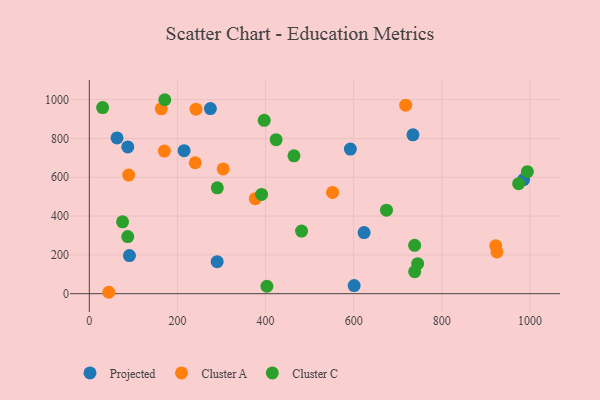
{"axis": {"x": "Speed", "y": "Sales"}, "legend": ["Cluster A", "Cluster C", "Projected"], "data": [{"x": "592.5", "y": 745.2, "type": "Projected"}, {"x": "623.7", "y": 314.8, "type": "Projected"}, {"x": "601.1", "y": 42.0, "type": "Projected"}, {"x": "985.8", "y": 588.1, "type": "Projected"}, {"x": "87.3", "y": 756.4, "type": "Projected"}, {"x": "91.1", "y": 196.6, "type": "Projected"}, {"x": "62.8", "y": 802.9, "type": "Projected"}, {"x": "274.8", "y": 953.9, "type": "Projected"}, {"x": "290.2", "y": 165.0, "type": "Projected"}, {"x": "215.1", "y": 736.9, "type": "Projected"}, {"x": "734.6", "y": 818.6, "type": "Projected"}, {"x": "922.4", "y": 246.5, "type": "Cluster A"}, {"x": "44.2", "y": 7.3, "type": "Cluster A"}, {"x": "163.4", "y": 952.7, "type": "Cluster A"}, {"x": "718.1", "y": 971.6, "type": "Cluster A"}, {"x": "303.8", "y": 643.1, "type": "Cluster A"}, {"x": "552.1", "y": 521.6, "type": "Cluster A"}, {"x": "925.3", "y": 215.3, "type": "Cluster A"}, {"x": "170.3", "y": 734.8, "type": "Cluster A"}, {"x": "376.7", "y": 489.6, "type": "Cluster A"}, {"x": "240.4", "y": 674.7, "type": "Cluster A"}, {"x": "242.2", "y": 950.6, "type": "Cluster A"}, {"x": "89.4", "y": 611.2, "type": "Cluster A"}, {"x": "424.0", "y": 793.4, "type": "Cluster C"}, {"x": "391.0", "y": 511.6, "type": "Cluster C"}, {"x": "87.2", "y": 294.4, "type": "Cluster C"}, {"x": "738.4", "y": 249.3, "type": "Cluster C"}, {"x": "30.2", "y": 958.9, "type": "Cluster C"}, {"x": "994.3", "y": 628.7, "type": "Cluster C"}, {"x": "481.7", "y": 322.9, "type": "Cluster C"}, {"x": "674.5", "y": 430.1, "type": "Cluster C"}, {"x": "464.5", "y": 710.5, "type": "Cluster C"}, {"x": "974.5", "y": 567.1, "type": "Cluster C"}, {"x": "171.3", "y": 999.5, "type": "Cluster C"}, {"x": "397.0", "y": 893.6, "type": "Cluster C"}, {"x": "745.3", "y": 154.6, "type": "Cluster C"}, {"x": "738.5", "y": 113.6, "type": "Cluster C"}, {"x": "75.5", "y": 370.3, "type": "Cluster C"}, {"x": "290.5", "y": 545.5, "type": "Cluster C"}, {"x": "403.1", "y": 38.4, "type": "Cluster C"}]}